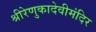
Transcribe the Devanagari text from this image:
श्रीरेणुकादेवीमंदिर